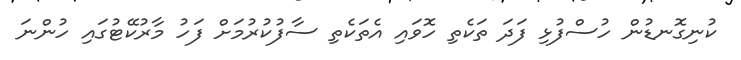
ކުނިގޮނޑުން ހުސްފުޅި ފަދަ ތަކެތި ހޮވައި އެތަކެތި ސާފުކުރުމަށް ފަހު މާރުކޭޓުގައި ހުންނަ